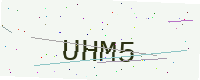
Text: UHM5